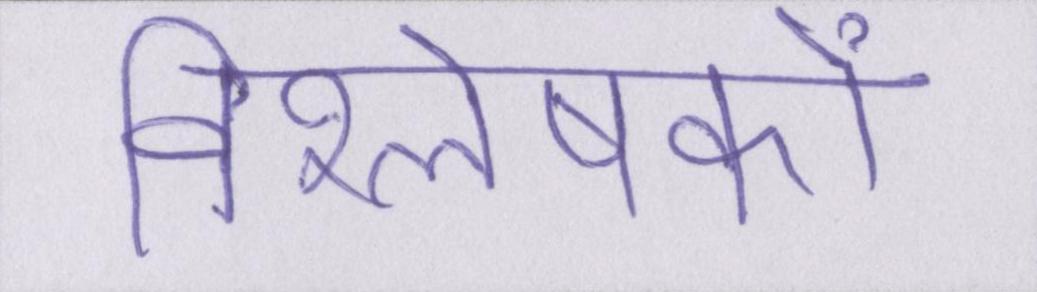
विश्लेषकों